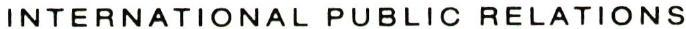
INTERNATIONAL PUBLIC RELATIONS